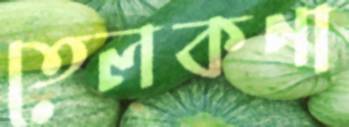
তেলকণা